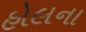
હોલના